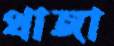
থাঙ্গা